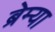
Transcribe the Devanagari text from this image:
ब्रेम्या